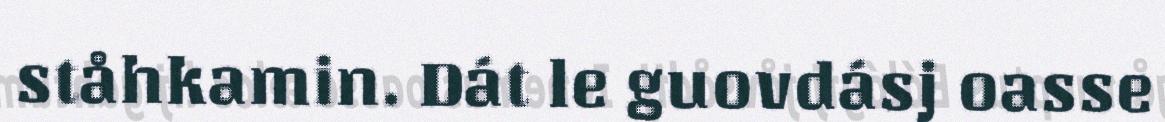
ståhkamin. Dát le guovdásj oasse